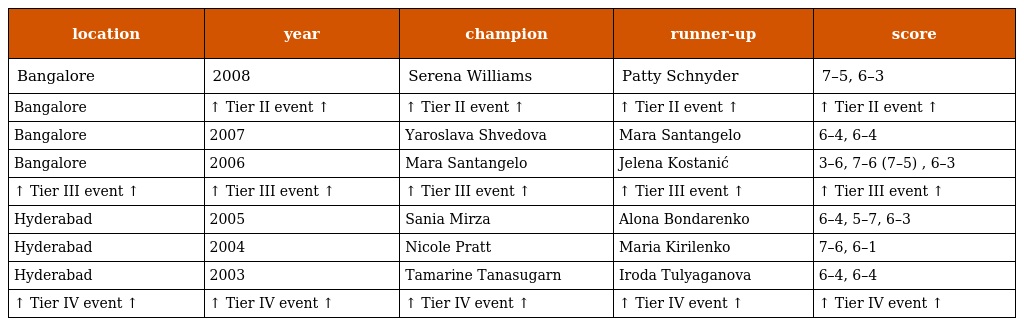
| location | year | champion | runner-up | score |
 | --- | --- | --- | --- | --- |
 | Bangalore | 2008 | Serena Williams | Patty Schnyder | 7–5, 6–3 |
 | Bangalore | ↑ Tier II event ↑ | ↑ Tier II event ↑ | ↑ Tier II event ↑ | ↑ Tier II event ↑ |
 | Bangalore | 2007 | Yaroslava Shvedova | Mara Santangelo | 6–4, 6–4 |
 | Bangalore | 2006 | Mara Santangelo | Jelena Kostanić | 3–6, 7–6 (7–5) , 6–3 |
 | ↑ Tier III event ↑ | ↑ Tier III event ↑ | ↑ Tier III event ↑ | ↑ Tier III event ↑ | ↑ Tier III event ↑ |
 | Hyderabad | 2005 | Sania Mirza | Alona Bondarenko | 6–4, 5–7, 6–3 |
 | Hyderabad | 2004 | Nicole Pratt | Maria Kirilenko | 7–6, 6–1 |
 | Hyderabad | 2003 | Tamarine Tanasugarn | Iroda Tulyaganova | 6–4, 6–4 |
 | ↑ Tier IV event ↑ | ↑ Tier IV event ↑ | ↑ Tier IV event ↑ | ↑ Tier IV event ↑ | ↑ Tier IV event ↑ |